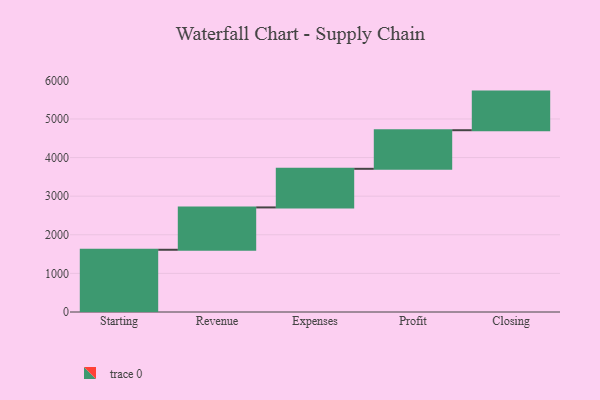
{"axis": {"x": "Step", "y": "Value"}, "legend": [""], "data": [{"x": "Starting", "y": 1612.0, "type": ""}, {"x": "Revenue", "y": 1097.0, "type": ""}, {"x": "Expenses", "y": 1000, "type": ""}, {"x": "Profit", "y": 1000, "type": ""}, {"x": "Closing", "y": 1000, "type": ""}]}